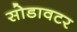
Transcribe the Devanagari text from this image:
सोडावटर